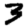
Digit: 3